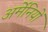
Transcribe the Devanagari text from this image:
अर्मेनियों